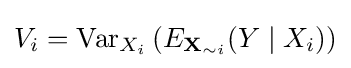
V_{i}=\operatorname {Var} _{X_{i}}\left(E_{{\textbf {X}}_{\sim i}}(Y\mid X_{i})\right)